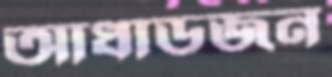
আধাডজন